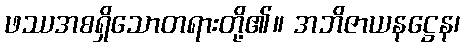
ဖဿအစရှိသောတရားတို့၏။ အဘိဇာယနဋ္ဌေန၊